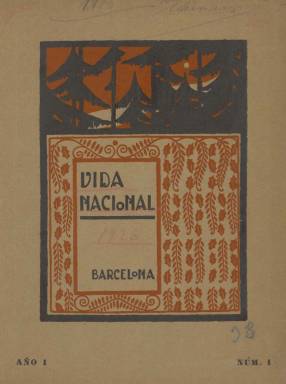
Título: Vida nacional
Colección: Cultura
Ámbito geográfico: Barcelona
Lugar de publicación: Barcelona
Fechas: 01/06/1926-30/09/1926

Revista de muy corta existencia editada en Barcelona, que prestará especial atención a ensalzar a sus máximas autoridades militares, religiosas y civiles en plena Dictadura de Primo de Rivera (1923-1930), por lo que pudo formar parte de la serie que se promocionaron o patrocinaron desde el propio régimen político. Su primera entrega es de junio de 1926, siendo de gran envergadura, pues supera las dos centenares de páginas y, aunque su escueto subtítulo es “publicación mensual”, la segunda corresponde ya a los meses de agosto-septiembre, reduciendo ahora su paginación a poco más de un centenar de páginas, siendo la mayor parte de estas impresas en papel cuché. La publicación adopta un formato magacín, con una cubierta estampada a dos tintas, y en ambas entregas se publicará un copioso número de fotograbados, algún mapa, dibujos o chistes gráficos.

De sus artífices, además de jóvenes “por su edad” –se dice en su presentación – apenas se sabe algo, a excepción de su redactor-jefe, el escritor Antonio Fernández Escobés, quien colaborará en esos años en otras publicaciones barcelonesas, como la católica integrista La Hormiga de oro (1884-1936), para en la década de los treinta hacerlo en cabeceras anarquistas; su gerente, Manuel Rodríguez de Llauder, y su secretario de dirección, Enrique de Leguina. En sus portadas se indica también que su fundador-propietario fue Lorenzo Muscat Casanova, y el director, Luis Forcada García del Corral. Casi todos ellos también serán autores de algunos de los textos que publique la revista.

Su intención de ofrecer la actividad española aparece remarcado en su propio título y en la primera de sus secciones, bajo el epígrafe Aspectos de la vida española, en la que, ya en su primera entrega, mezcla la reproducción de un texto de Mariano José de Larra (Fígaro), una semblanza de Ramón y Cajal o una remembranza de Goya en su centenario, con las del capitán general de Cataluña, Emilio Barrera Luyande, así como un amplio reportaje sobre los funerales de su obispo, Juan Lligé y Pagés; la del gobernador civil, el general Joaquín Milans del Bosch, o la del presidente de la Audiencia, además de otros referidos a los Somatenes o a los mozos de Escuadra. Sus contenidos para dar cuenta también de la aristocracia los amplía también en secciones Notas de sociedad, Notas genealógicas o Damas barcelonesas.

La revista también ofrece artículos e información sobre asuntos financieros, económicos, industriales, comerciales o turísticos, y le da especial importancia a las cuestiones ibéricas y americanistas, a través de sus correspondientes secciones; y, por último, ofrece otras dedicadas a la crítica de arte, a la literatura y la bibliografía, las modas, los deportes (fútbol, hockey, natación o motociclismo), al teatro, al cine y al humor. Algunos breves textos son de creación literaria, tanto en prosa como en verso. También inserta publicidad comercial.

Entre los autores que publican en sus páginas, además de los que integran su redacción, aparecen Wenceslao Fernández Flórez, Jacinto Benavente, Justo García Soriano, Alberto Maluquer, Gonzalo Reparaz, Adolfo Garbayo, Alejandro Armengol, Mariano Blasco, Federico y Francisco Montalvo, César Montero de Bustamante, José Brissa, Emilio Ostalé Tudela o Florentina Escobés. Como autores de sus dibujos firman Bosch o Keyper; y entre sus fotógrafos, Badosa y Areñas. Además de retratos de personalidades ya citadas, aparecen otros de Concha Espina, Juan Maragall, Francisco Cambó, Enrique Prat de la Riba o Alfonso XIII, así como un fotograbado de la Lisboa antigua, además de otros sobre actualidad social o de vistas.